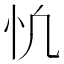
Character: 𢖾